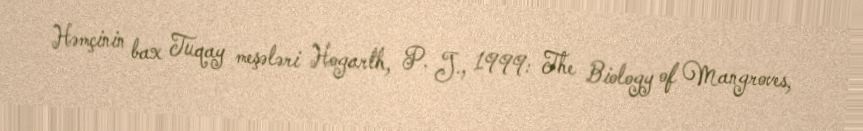
Həmçinin bax Tuqay meşələri Hogarth, P. J., 1999: The Biology of Mangroves,